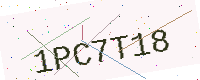
Text: 1PC7T18